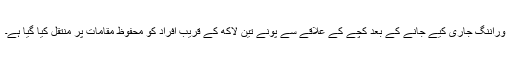
وراننگ جاری کیے جانے کے بعد کچے کے علاقے سے پونے تین لاکھ کے قریب افراد کو محفوظ مقامات پر منتقل کیا گیا ہے۔